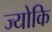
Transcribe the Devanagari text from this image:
ज्योकि